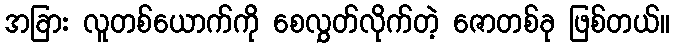
အခြား လူတစ်ယောက်ကို စေလွှတ်လိုက်တဲ့ ဇောတစ်ခု ဖြစ်တယ်။